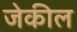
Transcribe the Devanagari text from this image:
जेकील